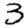
Digit: 3